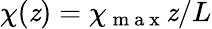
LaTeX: \chi(\mathit{z})=\chi_{\mathrm{{~m~a~x~}}}\mathit{z}/L